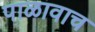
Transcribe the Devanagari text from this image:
पाळावाच